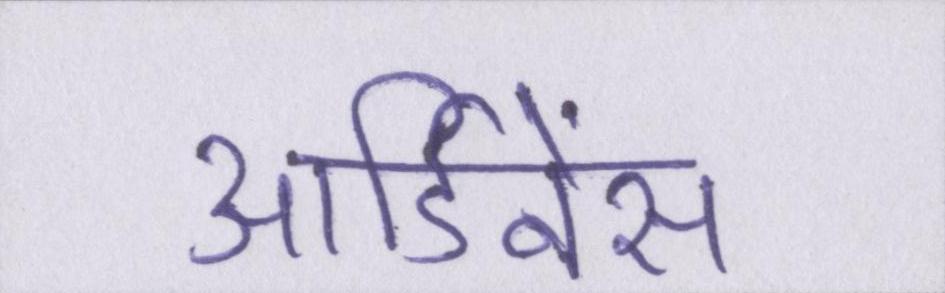
आर्डिनेंस